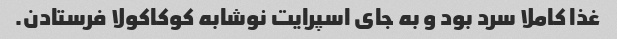
غذا کاملا سرد بود و به جای اسپرایت نوشابه کوکاکولا فرستادن.